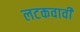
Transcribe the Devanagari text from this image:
लटकवावी